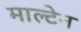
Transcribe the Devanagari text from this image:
माल्टेन